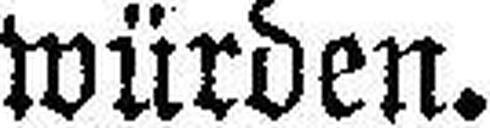
würden.